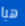
هيا